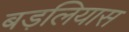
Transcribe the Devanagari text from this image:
बड़लियास